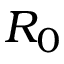
R _ { 0 }